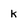
Character: k